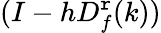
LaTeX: (I-hD_{f}^{\mathtt{r}}(k))